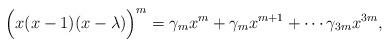
LaTeX: \begin{align*} \Big(x(x-1)(x-\lambda)\Big)^{m}=\gamma_m x^m+\gamma_m x^{m+1}+\cdots \gamma_{3m} x^{3m},\end{align*}